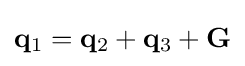
\mathbf {q} _{1}=\mathbf {q} _{2}+\mathbf {q} _{3}+\mathbf {G}